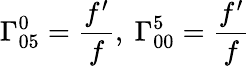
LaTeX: \Gamma_{05}^{0}=\frac{f^{\prime}}{f},\ \Gamma_{00}^{5}=\frac{f^{\prime}}{f}